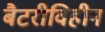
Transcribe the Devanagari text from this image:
बैटरीविहीन